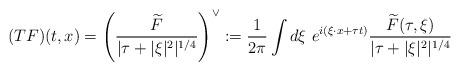
LaTeX: \begin{align*} (T F)(t, x) = \left(\frac{\widetilde F}{|\tau+|\xi|^2|^{1/4}}\right)^\vee := \frac{1}{2\pi} \int d\xi\ e^{i(\xi\cdot x+\tau t)} \frac{\widetilde{F}(\tau, \xi)}{|\tau+|\xi|^2|^{1/4}}\end{align*}